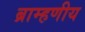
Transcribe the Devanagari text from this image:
ब्राम्हणीय